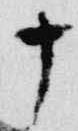
十